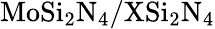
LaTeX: \mathrm{MoSi_{2}N_{4}/XSi_{2}N_{4}}